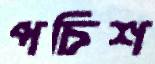
পচিশ